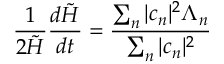
\frac { 1 } { 2 \tilde { H } } \frac { d \tilde { H } } { d t } = \frac { \sum _ { n } | c _ { n } | ^ { 2 } \Lambda _ { n } } { \sum _ { n } | c _ { n } | ^ { 2 } }